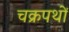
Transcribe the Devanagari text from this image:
चक्रपथों